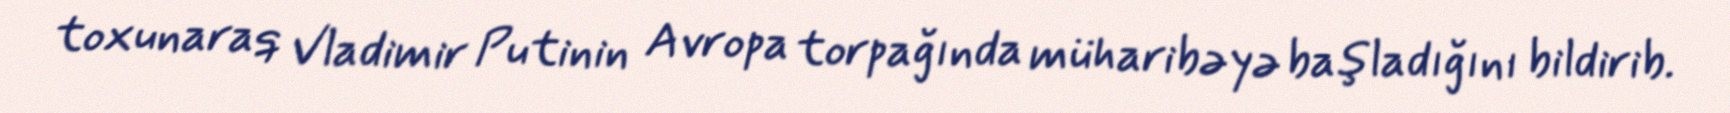
toxunaraq Vladimir Putinin Avropa torpağında müharibəyə başladığını bildirib.